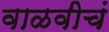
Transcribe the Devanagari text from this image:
वाळवीचं